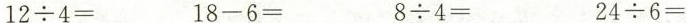
$$1 2 \div 4 =$$ $$1 8 - 6 =$$ $$8 \div